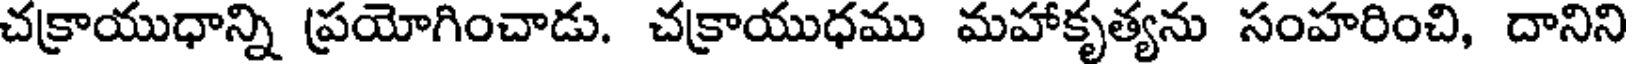
చక్రాయుధాన్ని ప్రయోగించాడు. చక్రాయుధము మహాకృత్యను సంహరించి, దానిని